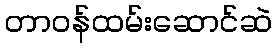
တာဝန်ထမ်းဆောင်ဆဲ